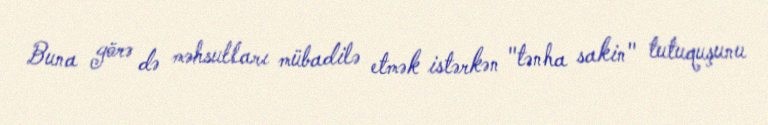
Buna görə də məhsulları mübadilə etmək istərkən "tənha sakin" tutuquşunu